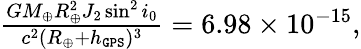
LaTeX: \begin{array}{r}{\frac{GM_{\oplus}R_{\oplus}^{2}J_{2}\sin^{2}i_{0}}{c^{2}(R_{\oplus}+h_{\tt GPS})^{3}}=6.98\times 10^{-15},}\end{array}